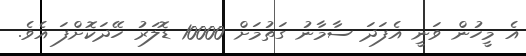
އެ މީހުން ވަނީ އެފަދަ ސާމާނު ގަތުމަށް 10000 ޑޮލަރު ހޭދަކޮށްފަ އެވެ.